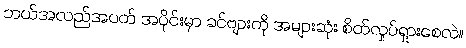
ဘယ်အလည်အပတ် အပိုင်းမှာ ခင်ဗျားကို အများဆုံး စိတ်လှုပ်ရှားစေလဲ။